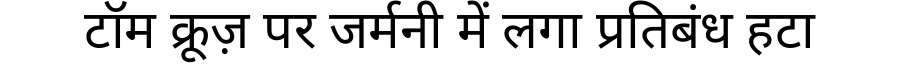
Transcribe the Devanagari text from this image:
टॉम क्रूज़ पर जर्मनी में लगा प्रतिबंध हटा